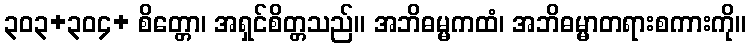
၃၀၃+၃၀၄+ စိတ္တော၊ အရှင်စိတ္တသည်။ အဘိဓမ္မကထံ၊ အဘိဓမ္မာတရားစကားကို။